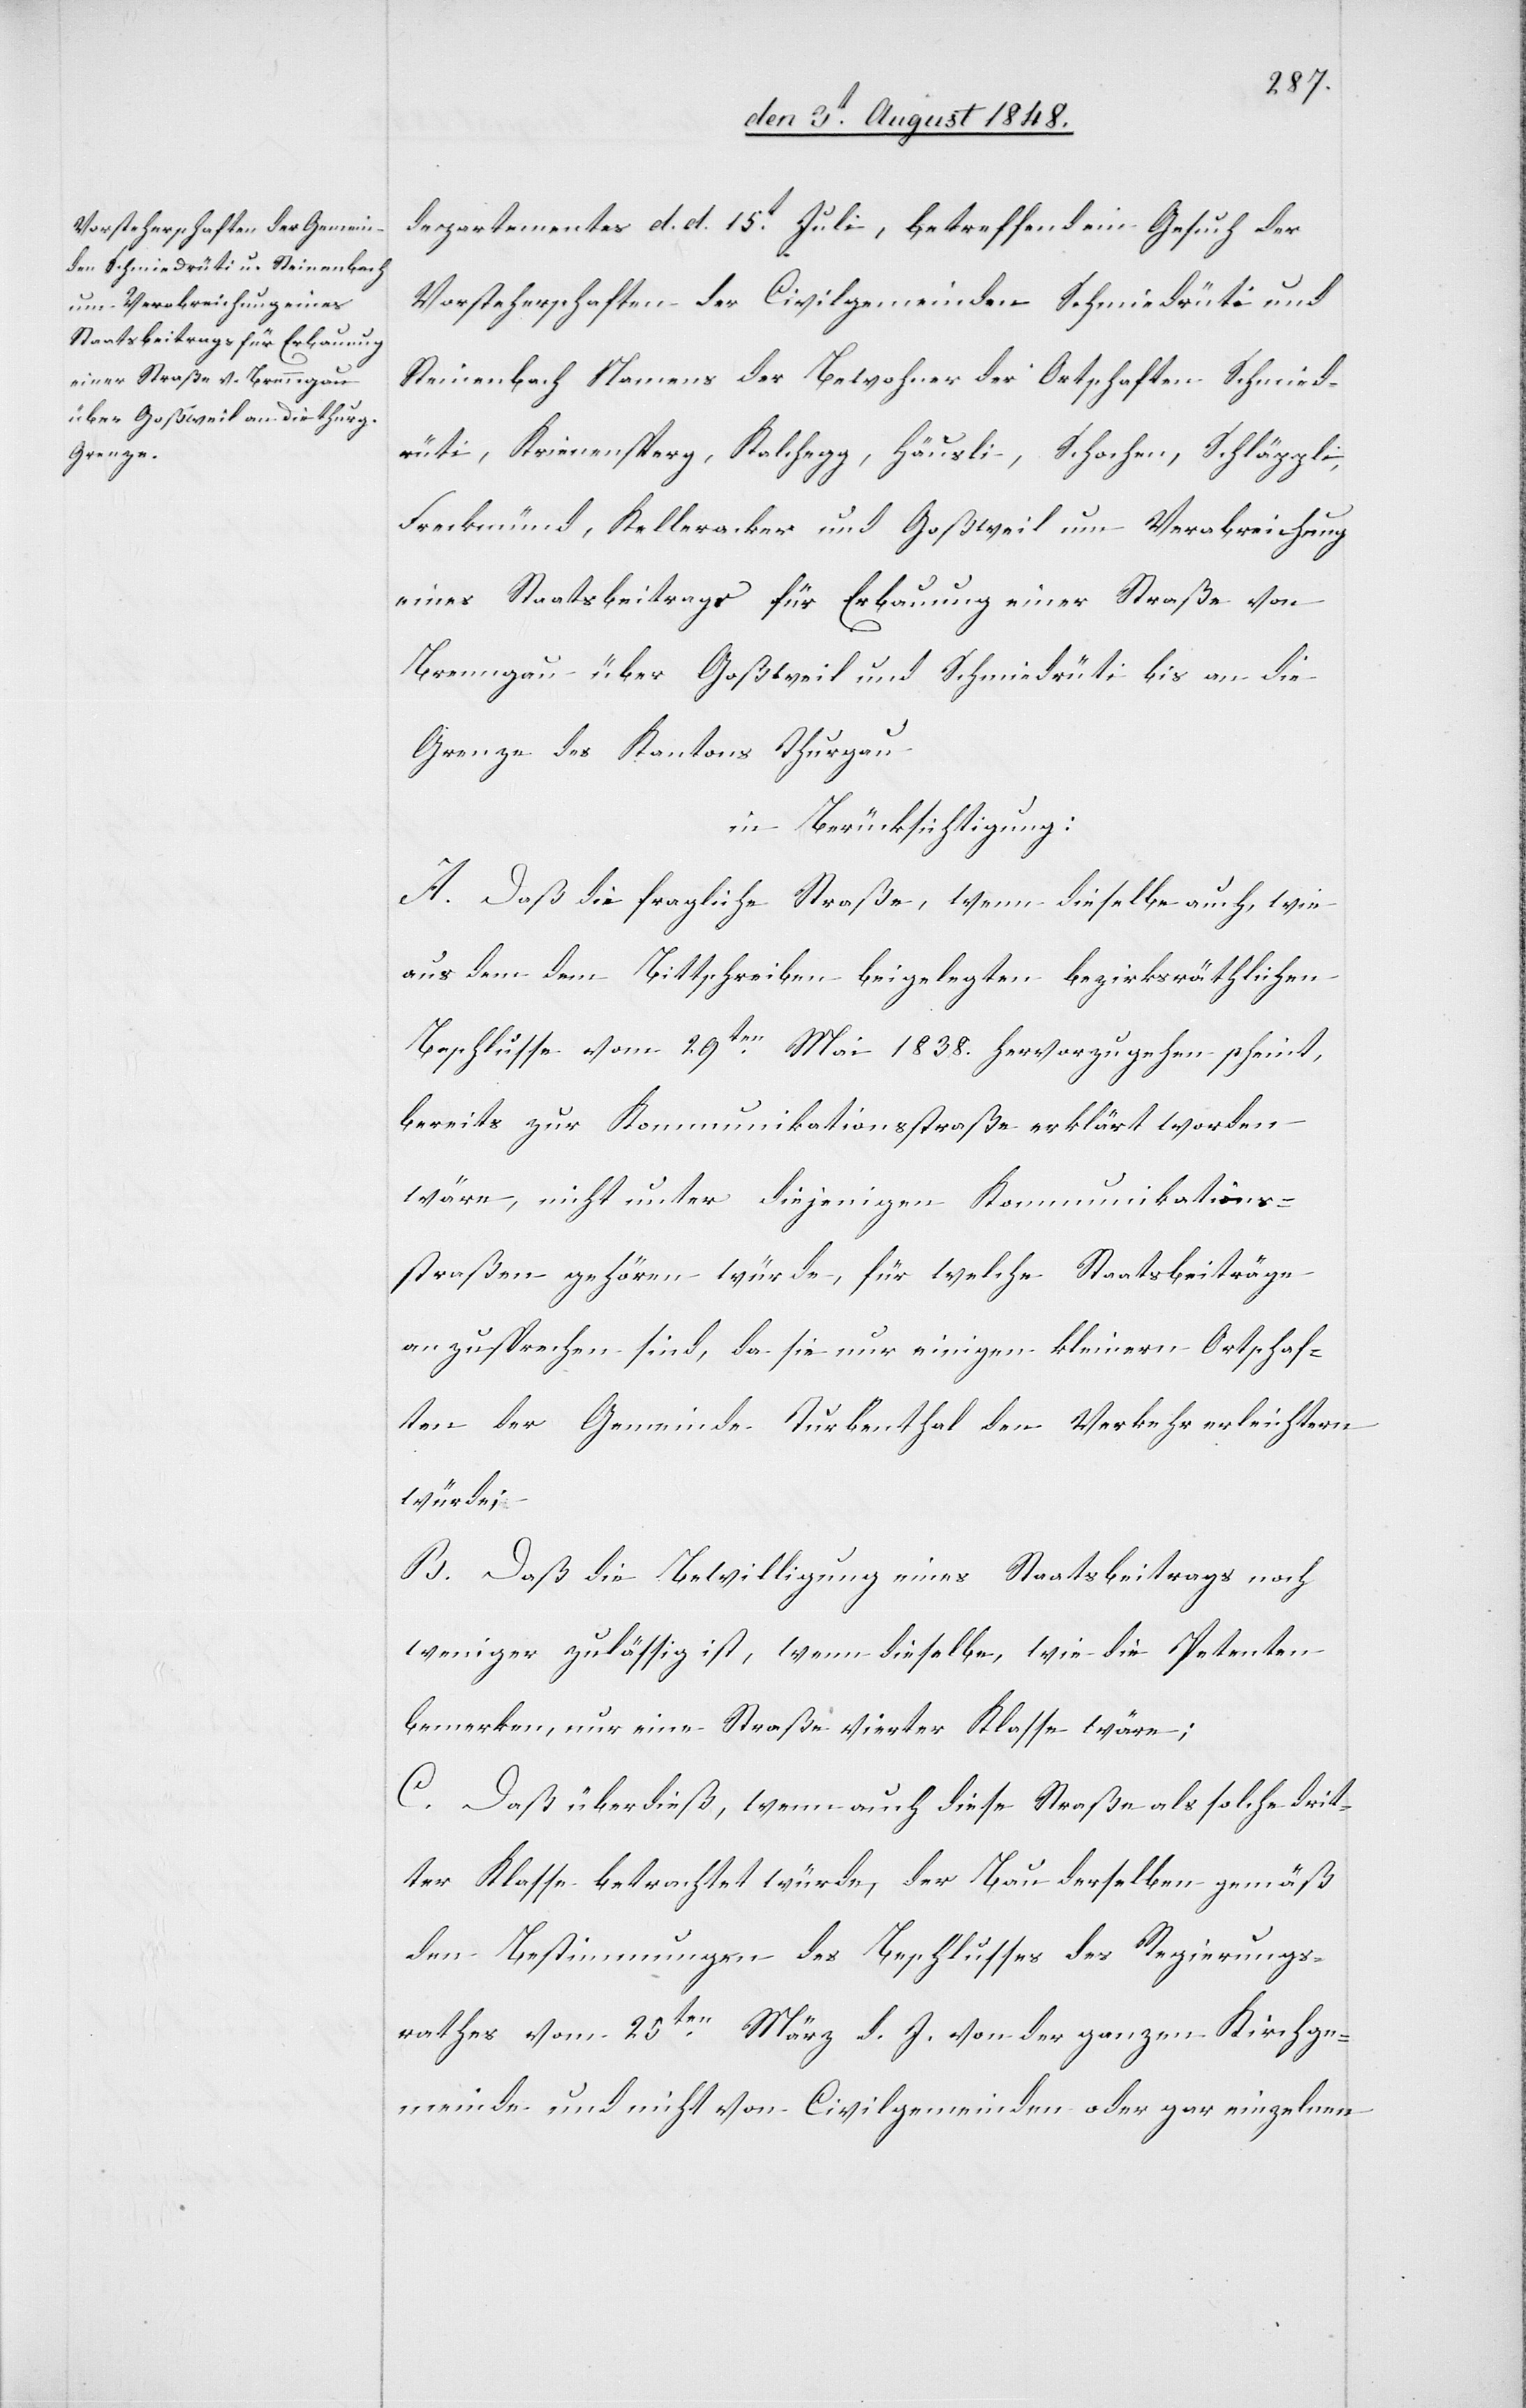
departementes d. d. 15t Juli, betreffend ein Gesuch der
Vorsteherschaften der Civilgemeinden Schmiedrüti und
Steinenbach Namens der Bewohner der Ortschaften Schmied¬
rüti, Krienensperg, Kalchegg, Häusli, Schochen, Schläppli,
Freckmünd, Kelleracker und Goßweil um Verabreichung
eines Staatsbeitrags für Erbauung einer Straße von
Brenngau über Goßweil und Schmiedrüti bis an die
Grenze des Kantons Thurgau
in Berücksichtigung:
A. Daß die fragliche Straße, wenn dieselbe auch, wie
aus dem dem Bittschreiben beigelegten bezirksräthlichen
Beschlusse vom 29ten Mai 1838. hervorzugehen scheint,
bereits zur Kommunikationsstraße erklärt worden
wäre, nicht unter diejenigen Kommunikations¬
straßen gehören würde, für welche Staatsbeiträge
anzusprechen sind, da sie nur einigen kleinern Ortschaf¬
ten der Gemeinde Turbenthal den Verkehr erleichtern
würde;
B. Daß die Bewilligung eines Staatsbeitrags noch
weniger zulässig ist, wenn dieselbe, wie die Petenten
bemerken, nur eine Straße vierter Klasse wäre;
C. Daß überdieß, wenn auch diese Straße als solche drit¬
ter Klasse betrachtet würde, der Bau derselben gemäß
den Bestimmungen des Beschlusses des Regierungs¬
rathes vom 25ten März d. J. von der ganzen Kirchge¬
meinde und nicht von Civilgemeinden oder gar einzelnen